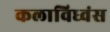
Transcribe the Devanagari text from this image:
कलाविध्वंस